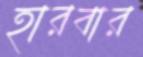
হারবার